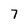
Character: 7